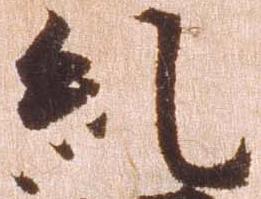
糺